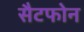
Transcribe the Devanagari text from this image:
सैटफोन